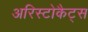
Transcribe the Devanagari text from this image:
अरिस्टोकैट्स